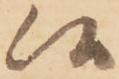
候